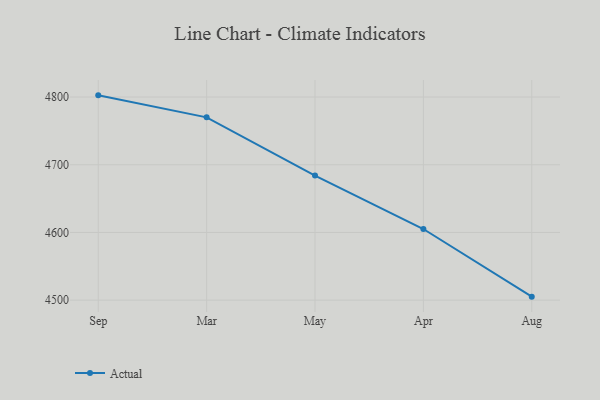
{"axis": {"x": "Month", "y": "Waste Production (Tons)"}, "legend": ["Actual"], "data": [{"x": "Sep", "y": 4802.5, "type": "Actual"}, {"x": "Mar", "y": 4770.0, "type": "Actual"}, {"x": "May", "y": 4684.0, "type": "Actual"}, {"x": "Apr", "y": 4605.1, "type": "Actual"}, {"x": "Aug", "y": 4505.2, "type": "Actual"}]}